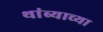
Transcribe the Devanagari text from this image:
थांब्याच्या